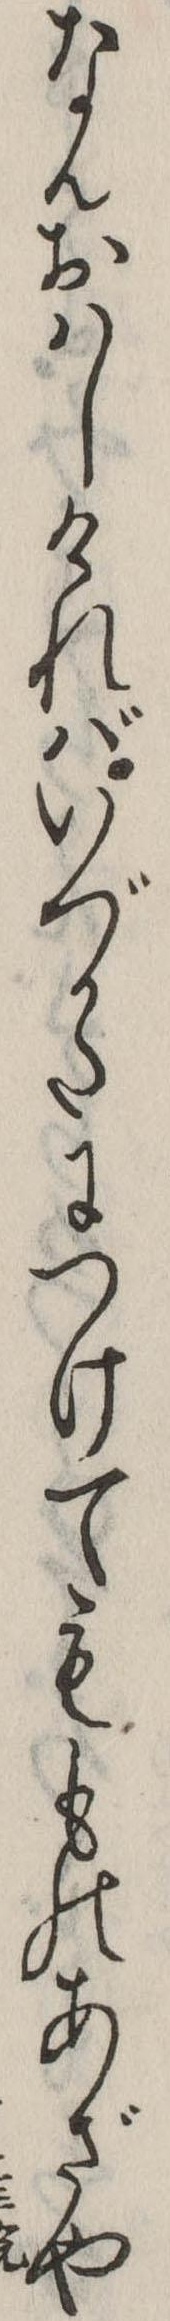
なんおはしければいづかたにつけてもものあざや